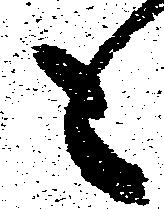
も